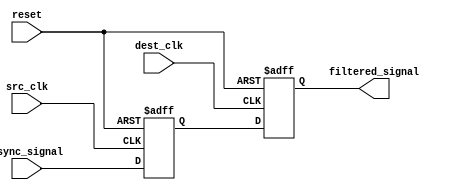
module meta_stability_filter (
    input wire async_signal,          // Asynchronous input signal
    input wire src_clk,               // Source clock for the first flip-flop
    input wire dest_clk,              // Destination clock for the second flip-flop
    input wire reset,                 // Reset signal
    output reg filtered_signal         // Filtered output signal
);

    // Internal signals for the flip-flops
    reg ff1_out;                      // Output of the first flip-flop

    // First flip-flop (in the source clock domain)
    always @(posedge src_clk or posedge reset) begin
        if (reset) begin
            ff1_out <= 1'b0;          // Initialize to known state on reset
        end else begin
            ff1_out <= async_signal;  // Sample the asynchronous input
        end
    end

    // Second flip-flop (in the destination clock domain)
    always @(posedge dest_clk or posedge reset) begin
        if (reset) begin
            filtered_signal <= 1'b0;   // Initialize to known state on reset
        end else begin
            filtered_signal <= ff1_out; // Sample the output of the first flip-flop
        end
    end

endmodule